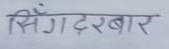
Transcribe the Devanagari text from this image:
सिँगदरबार